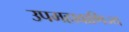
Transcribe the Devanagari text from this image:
उपमहावाणिज्य